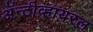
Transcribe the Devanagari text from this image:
अॅन्टीव्हायरल